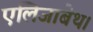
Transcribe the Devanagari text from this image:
एलिजाबेथ।